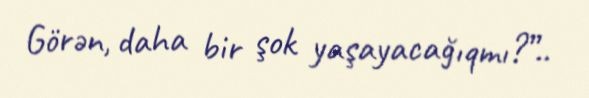
Görən, daha bir şok yaşayacağıqmı?”..